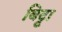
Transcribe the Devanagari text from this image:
बिट्टा